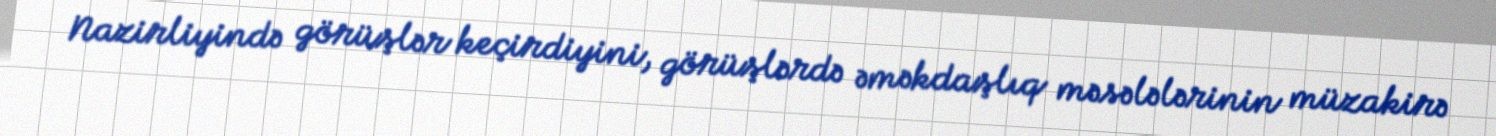
Nazirliyində görüşlər keçirdiyini, görüşlərdə əməkdaşlıq məsələlərinin müzakirə